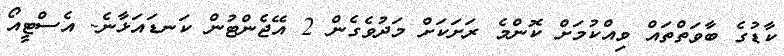
ކާޑުގެ ބާވަތްތައް ވިއްކުމަށް ކޮންމެ ރަށަކަށް މަދުވެގެން 2 އޭޖެންޓުން ކަނޑައަޅާނެ- އެސްޓީއޯ